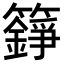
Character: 𮆸